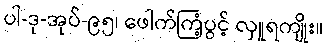
ပါ-ဒု-အုပ်-၉၅၊ ဖေါက်ကြံ့ပွင့် လှူရကျိုး။